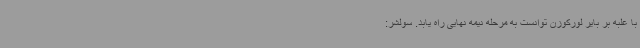
با غلبه بر بایر لورکوزن توانست به مرحله نیمه نهایی راه یابد. سولشر: